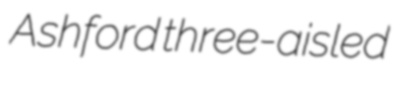
Ashford three-aisled